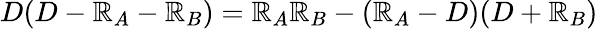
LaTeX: D(D-\mathbb{R}_{A}-\mathbb{R}_{B})=\mathbb{R}_{A}\mathbb{R}_{B}-(\mathbb{R}_{A}-D)(D+\mathbb{R}_{B})